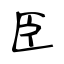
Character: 臣